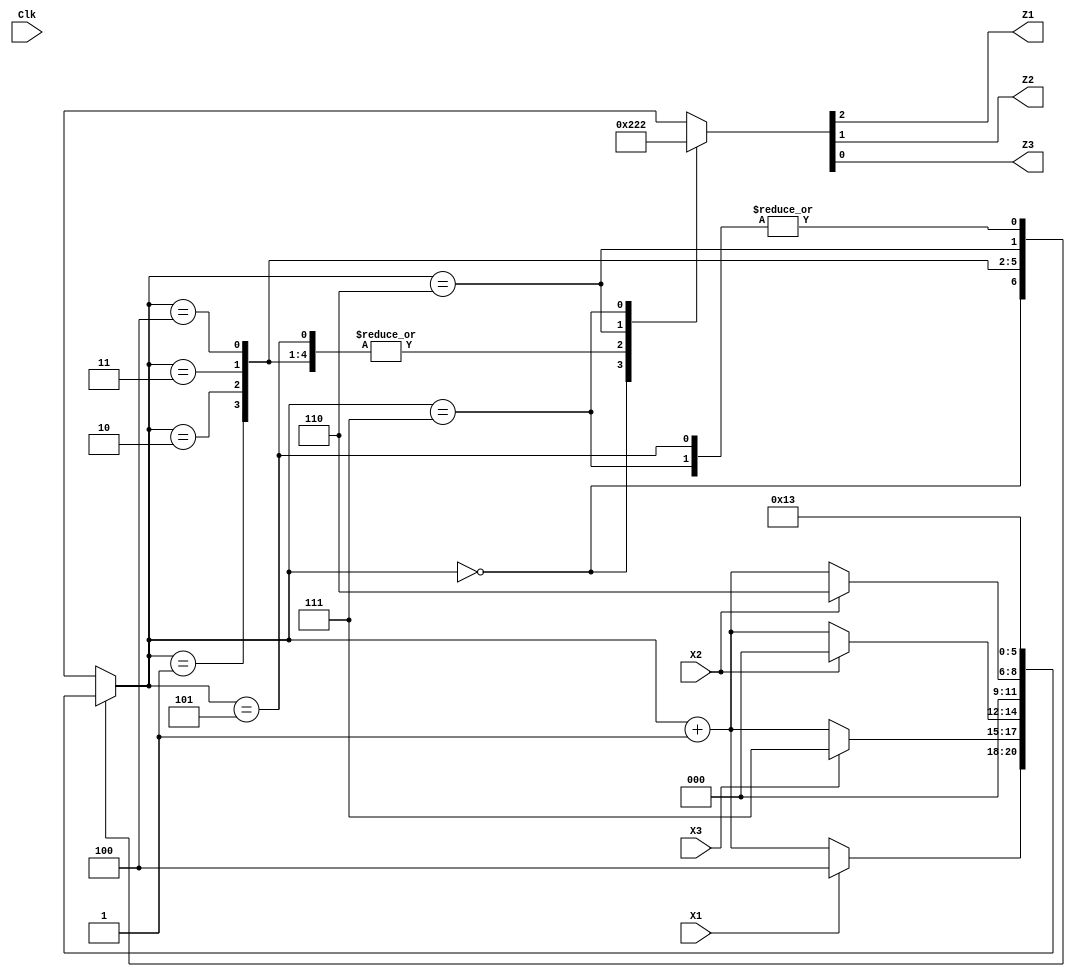
module HW3_SQSA_microprogram (input Clk, X1, X2, X3, output reg Z1, Z2, Z3 );


reg [2:0] state, next_state;
parameter S0 = 3'b000, S1 = 3'b001, S2 = 3'b010, S3 = 3'b011, S4 =3'b100, S5 = 3'b101 , S6 = 3'b110 , S7 = 3'b111;

initial 
  begin 
	{Z1,Z2,Z3} = 3'b000; 
	state = 3'b000;
  end
always @ (Clk)
  state <= next_state;

always @ (state, X1,X2,X3)
  case (state)
  S0:
     begin 
	{Z1,Z2,Z3} = 3'b001; 
	if(X1)
		next_state <= S4;
	else
		next_state <=state+1;
     end 
  S1:
     begin 
	{Z1,Z2,Z3} = 3'b000; 
	if(X3)
		next_state <= S7;
	else
		next_state <=state+1;
     end 
   S2:
     begin 
	{Z1,Z2,Z3} = 3'b000; 
	if(X2)
		next_state <= S0;
	else
		next_state <=state+1;
     end 
  
  S3:
     begin 
	{Z1,Z2,Z3} = 3'b000; 
	next_state <= S0;
     end 
  
  S4:
     begin 
	{Z1,Z2,Z3} = 3'b000; 
	if(X2)
		next_state <= S6;
	else
		next_state <=state+1;
     end 
  
  S5:
     begin 
	{Z1,Z2,Z3} = 3'b000; 
	next_state <= S3;
     end 
  
  S6:
     begin 
	{Z1,Z2,Z3} = 3'b100; 
	next_state <= S2;
     end 
  
  S7:
     begin 
	{Z1,Z2,Z3} = 3'b010; 
	next_state <= S3;
     end 
endcase 
endmodule